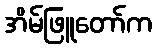
အိမ်ဖြူတော်က